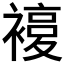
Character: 𧜰